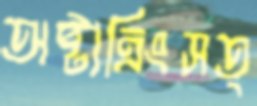
অষ্টাত্রিংসত্